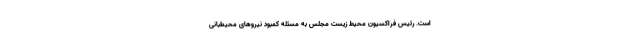
است. رئیس فراکسیون محیط زیست مجلس به مسئله کمبود نیروهای محیطبانی